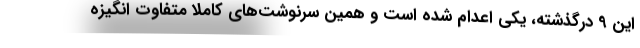
این 9 درگذشته، یکی اعدام شده است و همین سرنوشت‌های کاملا متفاوت انگیزه